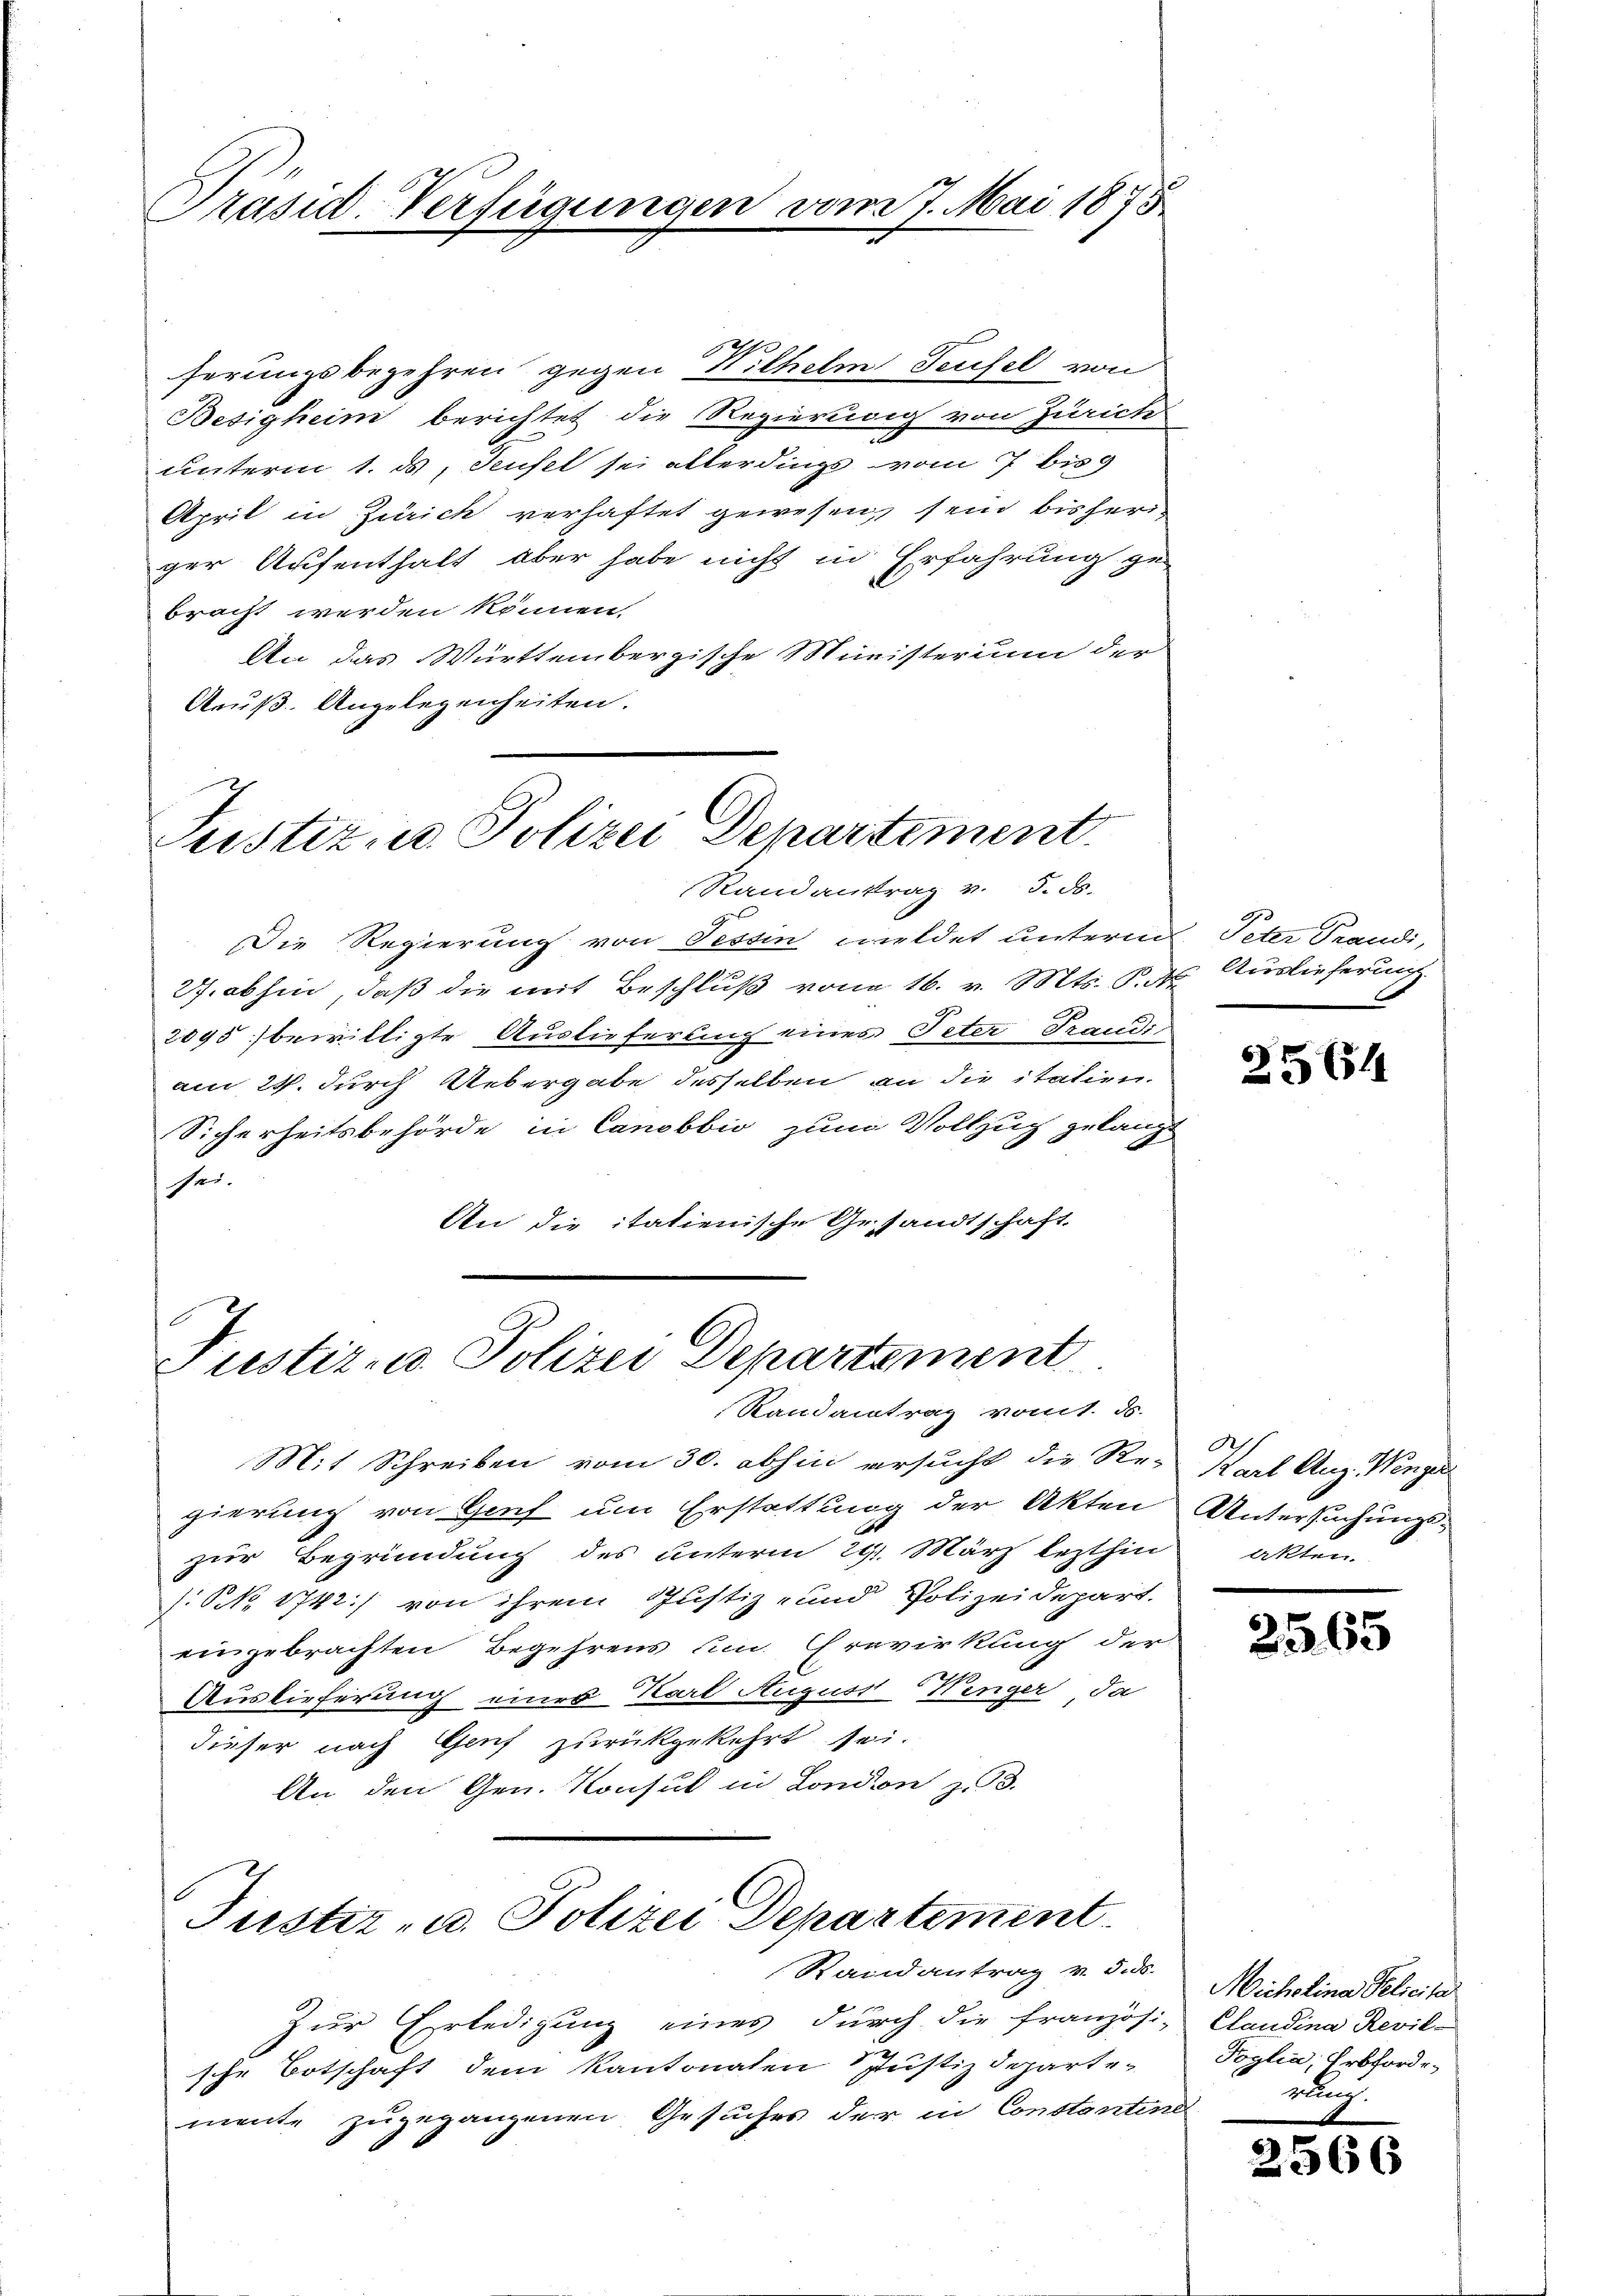
Präsid. Verfügungen vom 7. Mai 1873

serungsbegehren gegen Wilhelm Teufel von
Besigheim berichtet die Regierung von Zürich
unterm 1. d. Teufel sei allerdings vom 7 bis 9
April in Zürich verhaftet gewesen, sein bisheriger Aufenthalt aber habe nicht in Erfahrung ge-
bracht werden können.
An das Württembergische Ministerium der
Aeuß. Angelegenheiten.

Justiz zu Polizei Departement
Randantrag v. 5. ds.

Justiz- u. Polizei Departement

Die Regierung von Tessin meldet unterm Peter Prandi,
277. abhin, daß die mit Beschluß von 16. v. Mts. S. d
2095 bewilligte Auslieferung eines Peter Traudiam 24. durch Uebergabe desselben an die italien.
Sicherheitsbehörde in Canobbio zum Vollzug gelangt
sei.
An die itatienische Gesandtschaft

Randantrag vom. D.
Mit Schreiben vom 30. abhin ersucht die Re-
gierung von Genf um Erstattung der Akten
zur Begründung des unterm 29. März lezthin
: NNo. 1742) von ihrem Justiz- und Polizeidepart.
eingebrachten Begehrens um Erevirkung der
Auslieferung eines Karl August Kinger da
dieser nach Genf zurückgekehrt sei.
An den Gen. Konsul in London z. 3.

Justiz- u. Polizei Departement
Randantrag v. 5. ds.

Zur Erledigung eines durch die Französi-
sche Botschaft dem Kantonalen Justizdepartemente zugegangenen Gesuches der in Constantine

Auslieferung.

2564

A
Karl Aug. Wenger
Untersuchungsakten.

2565

Micholina Pelicita
Claudina Revil-
Toglia, Erbforde
nung.

566